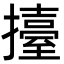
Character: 擡